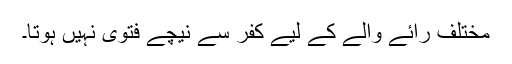
مختلف رائے والے کے لیے کفر سے نیچے فتوی نہیں ہوتا۔